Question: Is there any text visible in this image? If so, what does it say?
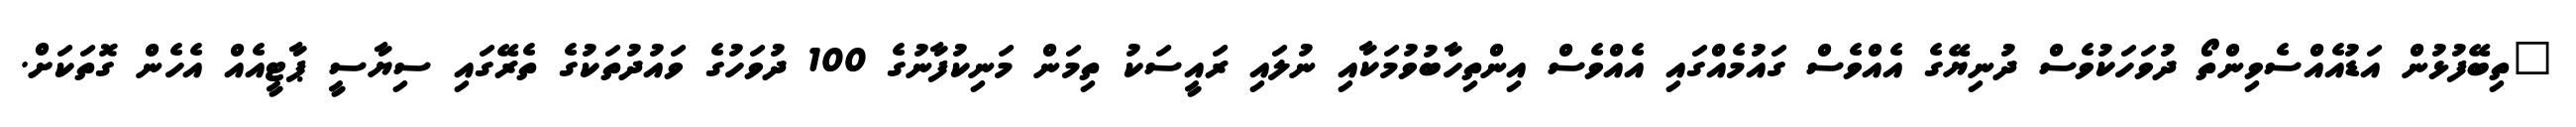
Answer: "ތިބޭފުޅުން އަޑުއެއްސެވިންތޯ ދުވަހަކުވެސް ދުނިޔޭގެ އެއްވެސް ގައުމެއްގައި އެއްވެސް އިންތިހާބުވުމަކާއި ނުލައި ރައީސަކު ތިމަން މަނިކުފާނުގެ 100 ދުވަހުގެ ވައުދުތަކުގެ ތެރޭގައި ސިޔާސީ ޕާޓީއެއް އެހެން ގޮތަކަށް.